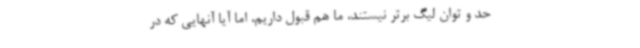
حد و توان لیگ برتر نیستند، ما هم قبول داریم، اما آیا آنهایی که در